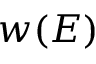
w ( E )